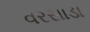
વરસાડા